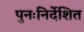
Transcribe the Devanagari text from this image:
पुनःनिर्देशित